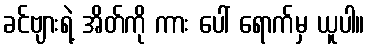
ခင်ဗျားရဲ့ အိတ်ကို ကား ပေါ် ရောက်မှ ယူပါ။